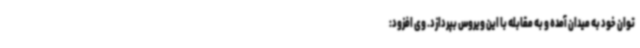
توان خود به میدان آمده و به مقابله با این ویروس بپردازد. وی افزود: